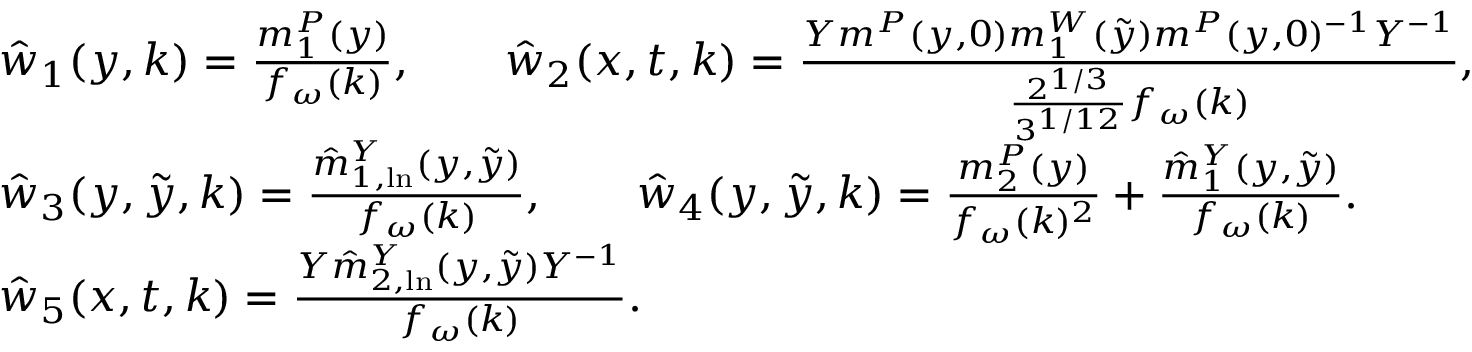
\begin{array} { r l } & { \hat { w } _ { 1 } ( y , k ) = \frac { m _ { 1 } ^ { P } ( y ) } { f _ { \omega } ( k ) } , \qquad \hat { w } _ { 2 } ( x , t , k ) = \frac { Y m ^ { P } ( y , 0 ) m _ { 1 } ^ { W } ( \tilde { y } ) m ^ { P } ( y , 0 ) ^ { - 1 } Y ^ { - 1 } } { \frac { 2 ^ { 1 / 3 } } { 3 ^ { 1 / 1 2 } } f _ { \omega } ( k ) } , } \\ & { \hat { w } _ { 3 } ( y , \tilde { y } , k ) = \frac { \hat { m } _ { 1 , \ln } ^ { Y } ( y , \tilde { y } ) } { f _ { \omega } ( k ) } , \qquad \hat { w } _ { 4 } ( y , \tilde { y } , k ) = \frac { m _ { 2 } ^ { P } ( y ) } { f _ { \omega } ( k ) ^ { 2 } } + \frac { \hat { m } _ { 1 } ^ { Y } ( y , \tilde { y } ) } { f _ { \omega } ( k ) } . } \\ & { \hat { w } _ { 5 } ( x , t , k ) = \frac { Y \hat { m } _ { 2 , \ln } ^ { Y } ( y , \tilde { y } ) Y ^ { - 1 } } { f _ { \omega } ( k ) } . } \end{array}